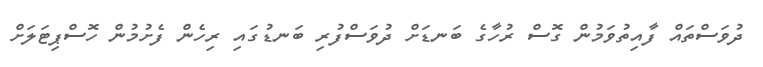
ދުވަސްތައް ފާއިތުވަމުން ގޮސް ރުހާގެ ބަނޑަށް ދުވަސްފުރި ބަނޑުގައި ރިހެން ފެށުމުން ހޮސްޕިޓަލަށް